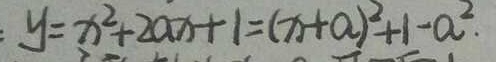
y = x ^ { 2 } + 2 a x + 1 = ( x + a ) ^ { 2 } + 1 - a ^ { 2 } .